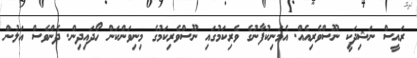
ރައީސް ނަޝިދަކީ ނޫސްވެރިއެއް. އެމަނިކުފާނުގެ ވެރިކަމުގައި ނޫސްވެރިކަމުގެ މިނިވަންކަން ހޯދައިދިން. ދެންވެސް އަލުން